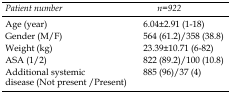
<table><thead><tr><td><b><i>Patient number</i></b></td><td><b> <i>n=922</i></b></td></tr></thead><tbody><tr><td>Age (year)</td><td>6.04±2.91 (1-18)</td></tr><tr><td>Gender (M/F)</td><td>564 (61.2)/358 (38.8)</td></tr><tr><td>Weight (kg)</td><td>23.39±10.71 (6-82)</td></tr><tr><td>ASA (1/2)</td><td>822 (89.2)/100 (10.8)</td></tr><tr><td>Additional systemic disease (Not present /Present)</td><td>885 (96)/37 (4)</td></tr></tbody></table>